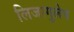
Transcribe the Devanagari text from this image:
लिजागुलेप